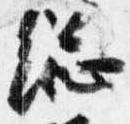
総